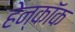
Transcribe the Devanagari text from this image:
हेन्कॉक